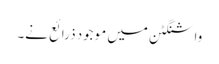
واشنگٹن میں موجود ذرائع نے۔